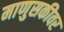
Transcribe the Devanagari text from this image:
माणुसकीवर